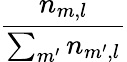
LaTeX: \frac{n_{m,l}}{\sum_{m^{\prime}}n_{m^{\prime},l}}